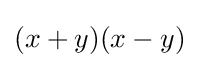
(x+y)(x-y)